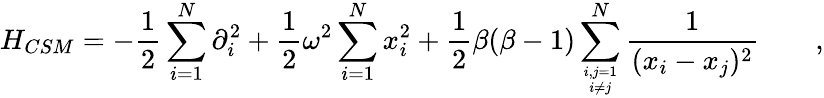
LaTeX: H_{CSM}=-\frac{1}{2}\sum_{i=1}^{N}\partial_{i}^{2}+\frac{1}{2}\omega^{2}\sum_{i=1}^{N}x_{i}^{2}+\frac{1}{2}\beta(\beta-1)\sum_{{i,j=1}\atop{i\ne j}}^{N}\frac{1}{(x_{i}-x_{j})^{2}}\qquad,